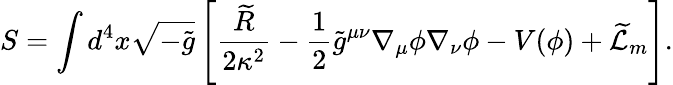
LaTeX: S=\int d^{4}x\sqrt{-\widetilde{g}}\left[\frac{\widetilde{R}}{2\kappa^{2}}-\frac{1}{2}\widetilde{g}^{\mu\nu}\nabla_{\mu}\phi\nabla_{\nu}\phi-V(\phi)+\widetilde{{\cal L}}_{m}\right].